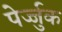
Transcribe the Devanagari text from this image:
पेर्ज्जुक